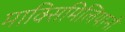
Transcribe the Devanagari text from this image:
माक्सिमिलियानो